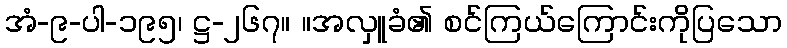
အံ-၉-ပါ-၁၉၅၊ ဋ္ဌ-၂၆၇။ ။အလှူခံ၏ စင်ကြယ်ကြောင်းကိုပြသော